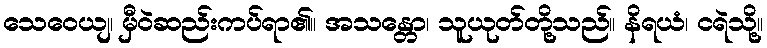
သေဝေယျ၊ မှီဝဲဆည်းကပ်ရာ၏။ အသန္တော၊ သူယုတ်တို့သည်။ နိရယံ၊ ငရဲသို့။